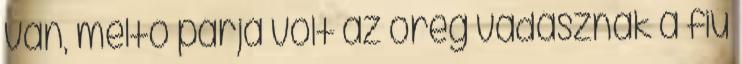
van, méltó párja volt az öreg vadásznak a fiú